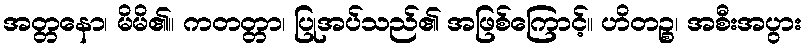
အတ္တနော၊ မိမိ၏။ ကတတ္တာ၊ ပြုအပ်သည်၏ အဖြစ်ကြောင့်။ ဟိတဉ္စ၊ အစီးအပွား